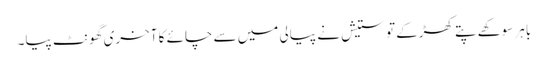
باہر سوکھے پتے کھڑکے تو ستیش نے پیالی میں سے چائے کا آخری گھونٹ پیا۔